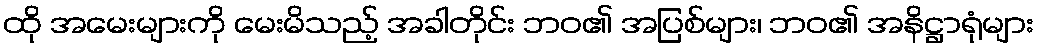
ထို အမေးများကို မေးမိသည့် အခါတိုင်း ဘဝ၏ အပြစ်များ၊ ဘဝ၏ အနိဋ္ဌာရုံများ